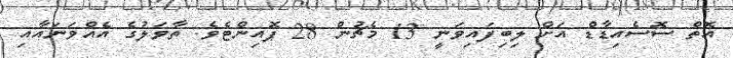
އޮތް ސޮސެއިޑާޑް އަށް ލިބިފައިވަނީ 13 މެޗުން 28 ޕޮއިންޓެވެ. ތާވަލުގެ އެއްވަނައާއި